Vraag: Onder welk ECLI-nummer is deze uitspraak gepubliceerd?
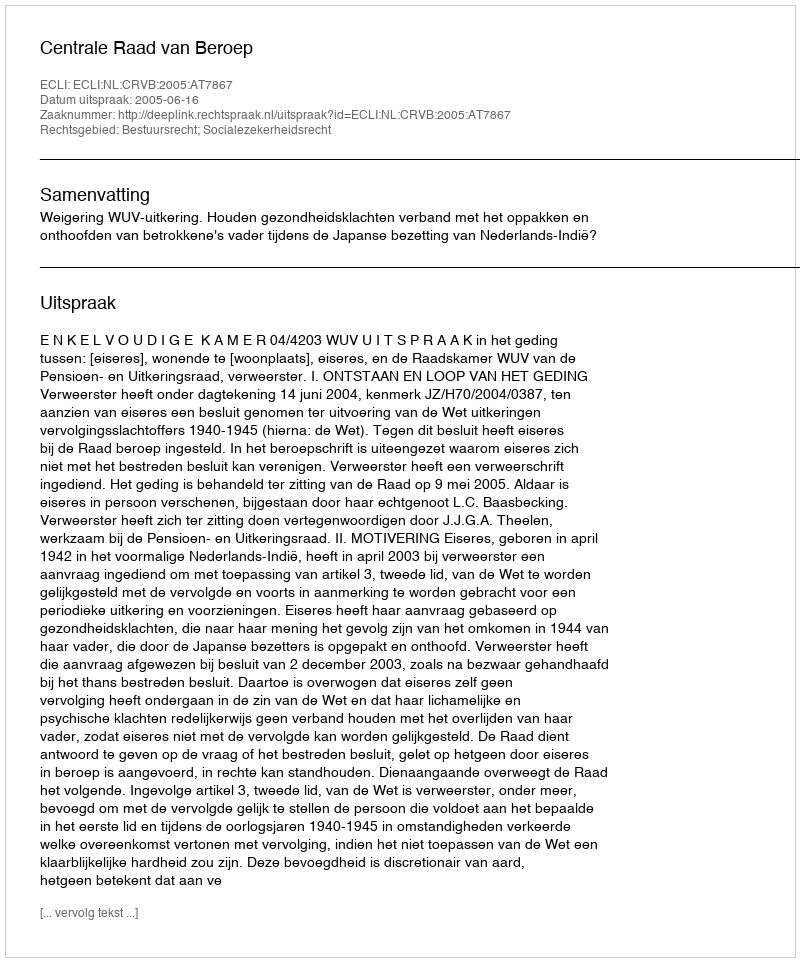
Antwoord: ECLI:NL:CRVB:2005:AT7867